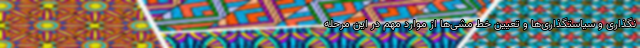
نگذاری و سیاستگذاری‌ها و تعیین خط مشی‌ها از موارد مهم در این مرحله